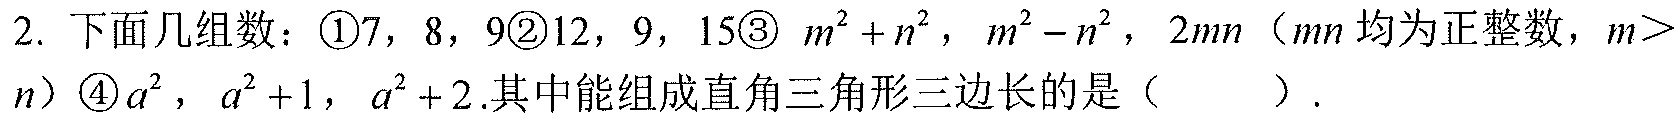
2. 下面几组数：\textcircled{1}7，8，9\textcircled{2}12，9，15\textcircled{3} \(m^{2}+n^{2}\)，\(m^{2}-n^{2}\)，\(2mn\)（\(m,n\)均为正整数，\(m>n\)）\textcircled{4}\(a^{2}\)，\(a^{2}+1\)，\(a^{2}+2\).其中能组成直角三角形三边长的是（  ）.